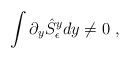
LaTeX: \begin{align*}\int \partial_y\hat S^y_\epsilon dy \ne 0\ ,\end{align*}